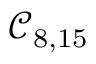
\mathcal { C } _ { 8 , 1 5 }